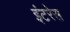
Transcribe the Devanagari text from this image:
इंटरेस